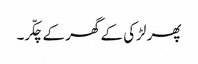
پھر لڑکی کے گھر کے چکّر۔